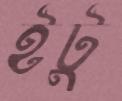
ইটু